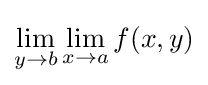
\lim _{y\to b}\lim _{x\to a}f(x,y)